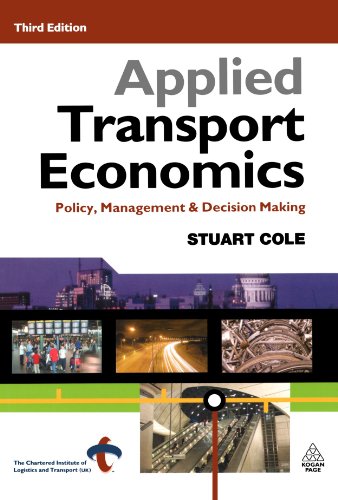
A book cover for Applied Transport Economics: Policy, Management & Decision Making; Stuart Cole; Engineering & Transportation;